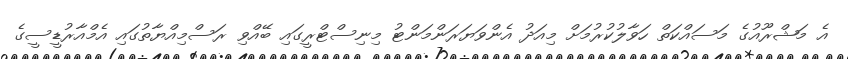
އެ މަޝްރޫއުގެ މަސައްކަތް ހަވާލުކުރުމަށް މިއަދު އެންވަޔަރަންމަންޓު މިނިސްޓްރީގައި ބޭއްވި ރަސްމިއްޔާތުގައި އެމްއާރުޑީސީގެ